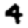
Digit: 4